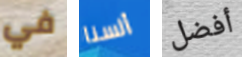
في ألسنا أفضل